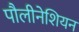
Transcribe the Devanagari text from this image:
पौलीनेशियन